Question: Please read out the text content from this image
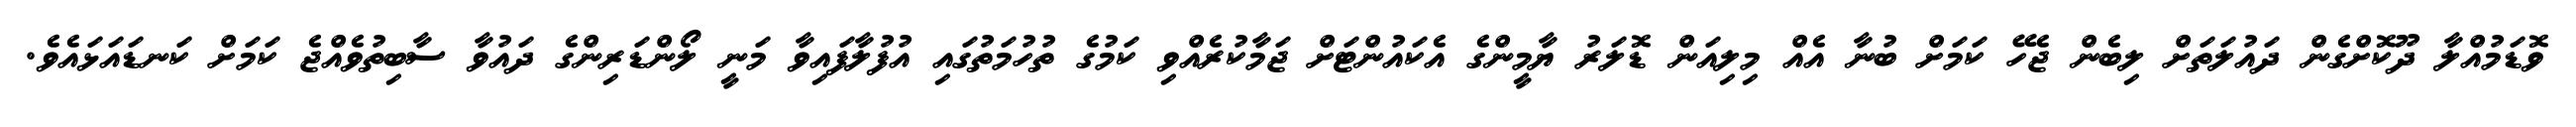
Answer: ވޮޑަމުއްލާ ދޫކޮށްގެން ދައުލަތަށް ލިބެން ޖެހޭ ކަމަށް ބުނާ އެއް މިލިއަން ޑޮލަރު ޔާމީންގެ އެކައުންޓަށް ޖަމާކުރެއްވި ކަމުގެ ތުހުމަތުގައި އުފުލާފައިވާ މަނީ ލޯންޑަރިންގެ ދައުވާ ސާބިތުވެއްޖެ ކަމަށް ކަނޑައަޅައެވެ.